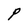
Character: P